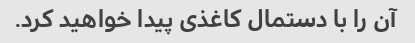
آن را با دستمال کاغذی پیدا خواهید کرد.